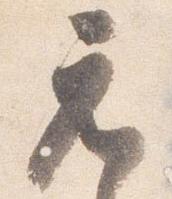
元